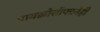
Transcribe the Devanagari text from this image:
मायक्रोसॉफ्टनेही